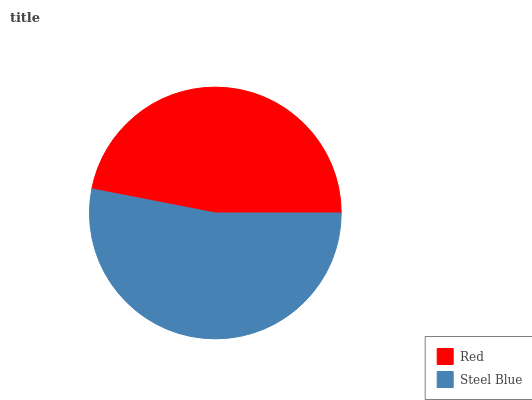
| Red | Steel Blue |
 | --- | --- |
 | 47% | 53% |